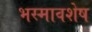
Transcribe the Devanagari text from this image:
भस्मावशेष